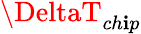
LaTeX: \DeltaT_{ch\mathbf{i}p}